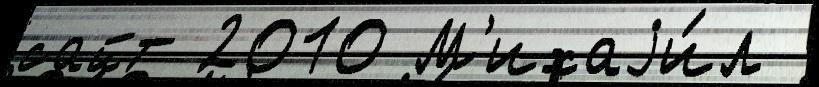
сайт 2010 М'ихаjи́л